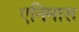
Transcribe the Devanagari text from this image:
एनिमास